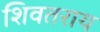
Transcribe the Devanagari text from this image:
शिवतराय